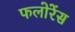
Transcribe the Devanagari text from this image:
फलोरेंस